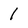
Character: 1